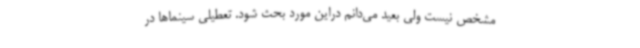
مشخص نیست ولی بعید می‌دانم دراین مورد بحث شود. تعطیلی سینماها در